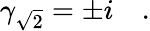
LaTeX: \gamma_{\sqrt{2}}=\pm i\quad.